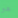
هو